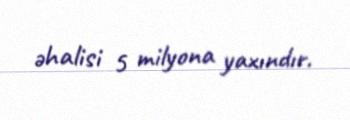
əhalisi 5 milyona yaxındır.